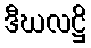
ဒီဃလဋ္ဌိ